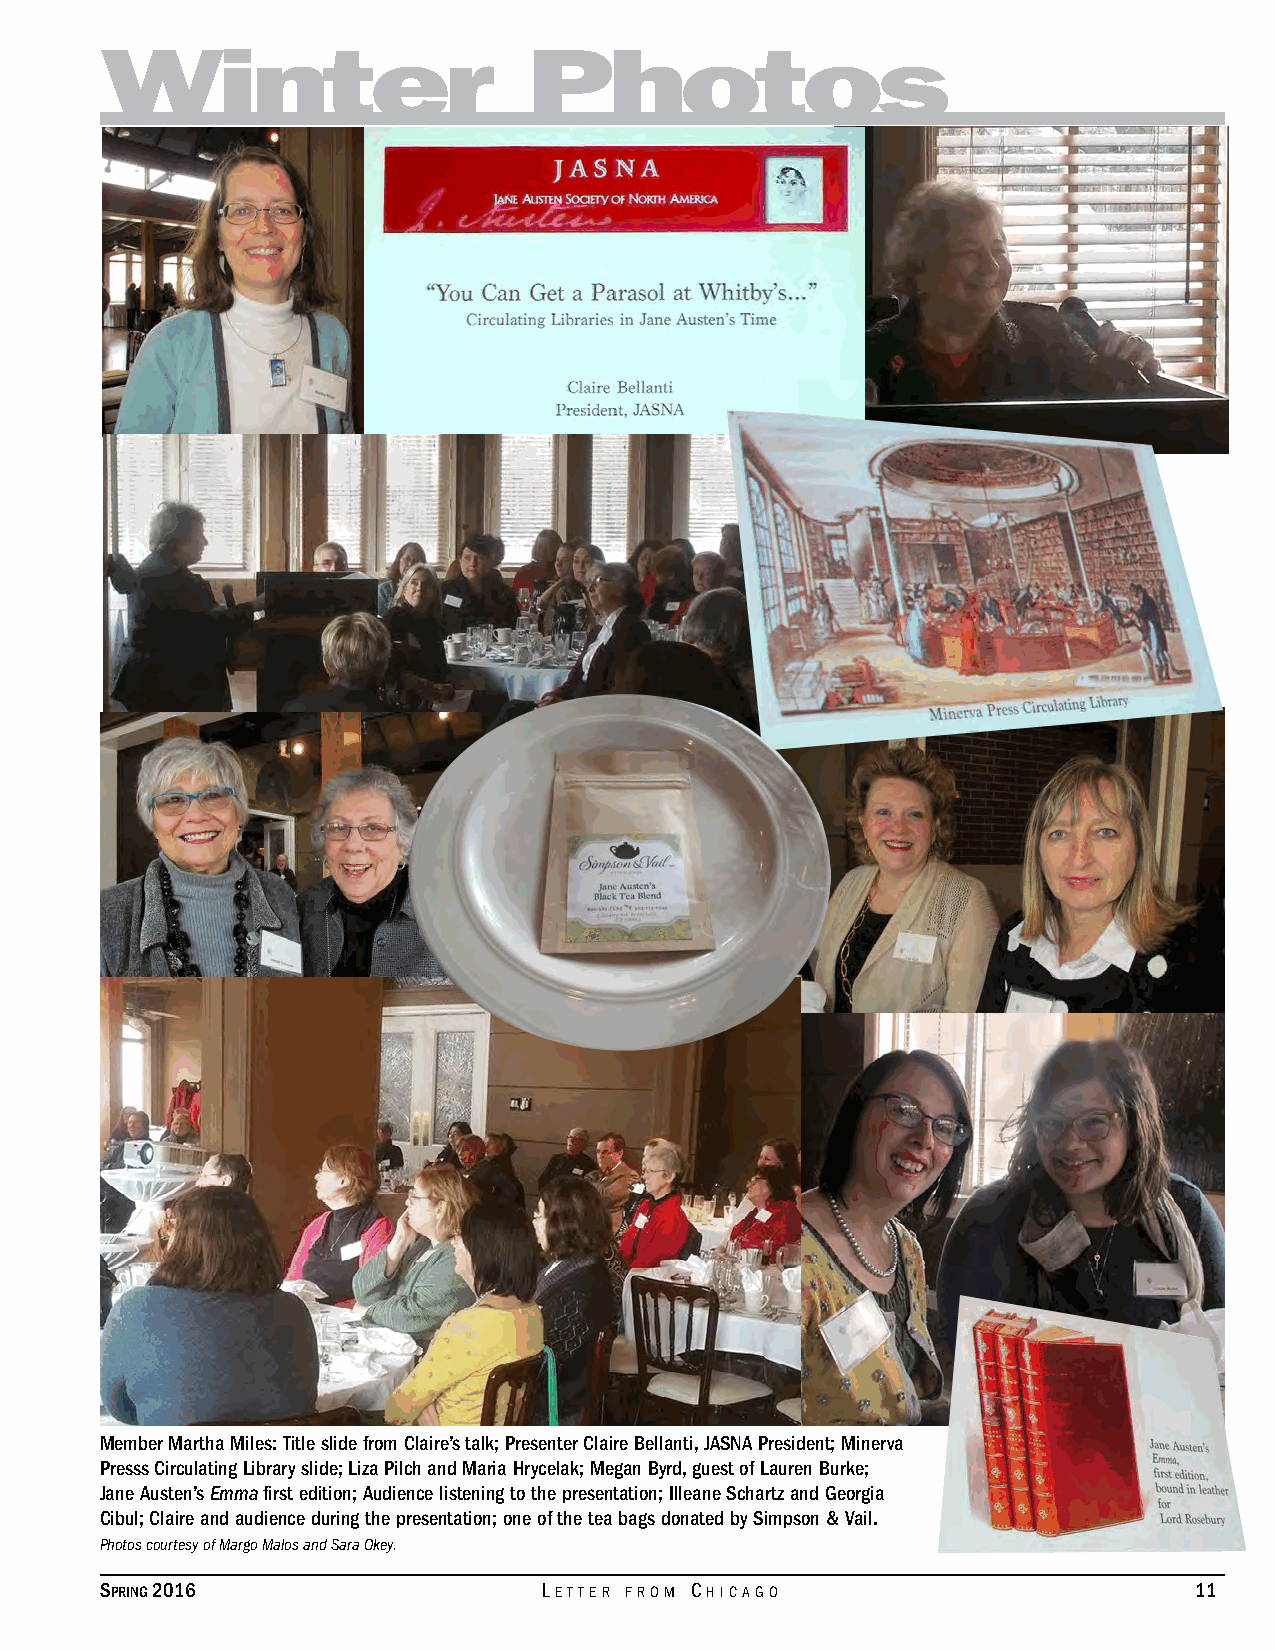
Winter                      Photos
 Member Martha Miles: Title slide from Claire’s talk; Presenter Claire Bellanti, JASNA President; Minerva
 Presss Circulating Library slide; Liza Pilch and Maria Hrycelak; Megan Byrd, guest of Lauren Burke;
 Jane Austen’s Emma first edition; Audience listening to the presentation; Illeane Schartz and Georgia
 Cibul; Claire and audience during the presentation; one of the tea bags donated by Simpson & Vail.
 Photos courtesy of Margo Malos and Sara Okey.
 Spring 2016                  Letter from ChiCago                        11